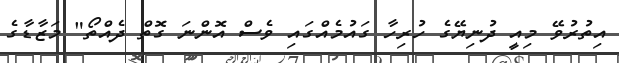
އިތުރުވޭ މިއީ ދުނިޔޭގެ ހުރިހާ ގައުމެއްގައި ވެސް އޮންނަ ގޮތް ދެއްތޯ" މަޒާޑާގެ